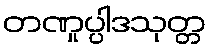
တဏှုပ္ပါဒသုတ္တ